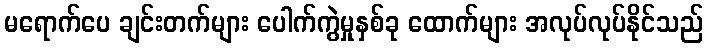
မရောက်ပေ ချင်းတက်များ ပေါက်ကွဲမှုနှစ်ခု ထောက်များ အလုပ်လုပ်နိုင်သည်